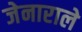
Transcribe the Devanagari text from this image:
जेनाराले